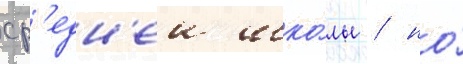
ср'едн'еи шко́лы / но́